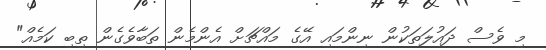
މި ވެސް ދައުލަތަކުން ނިންމައި އޭގެ މައްޗަށް އެންމެން ތަބާވެގެން ތިބި ކަމެއް"